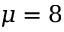
\mu = 8